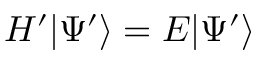
H ^ { \prime } | \Psi ^ { \prime } \rangle = E | \Psi ^ { \prime } \rangle